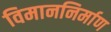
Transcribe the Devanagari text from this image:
विमाननिर्माण